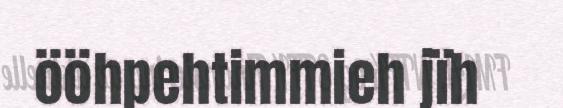
ööhpehtimmieh jïh